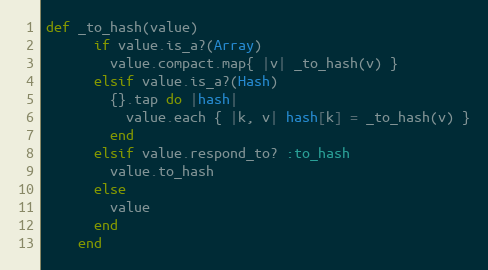
Language: Ruby
def _to_hash(value)
      if value.is_a?(Array)
        value.compact.map{ |v| _to_hash(v) }
      elsif value.is_a?(Hash)
        {}.tap do |hash|
          value.each { |k, v| hash[k] = _to_hash(v) }
        end
      elsif value.respond_to? :to_hash
        value.to_hash
      else
        value
      end
    end